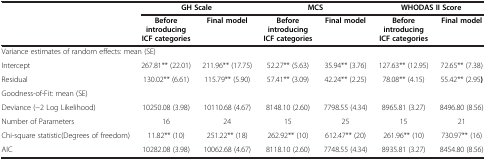
<table><thead><tr><td><b> </b></td><td colspan="2"><b>GH Scale</b></td><td colspan="2"><b>MCS</b></td><td colspan="2"><b>WHODAS II Score</b></td></tr><tr><td><b> </b></td><td><b>Before introducing ICF categories</b></td><td><b>Final model</b></td><td><b>Before introducing ICF categories</b></td><td><b>Final model</b></td><td><b>Before introducing ICF categories</b></td><td><b>Final model</b></td></tr></thead><tbody><tr><td colspan="7">Variance estimates of random effects: mean (SE)</td></tr><tr><td>Intercept</td><td>267.81** (22.01)</td><td>211.96** (17.75)</td><td>52.27** (5.63)</td><td>35.94** (3.76)</td><td>127.63** (12.95)</td><td>72.65** (7.38)</td></tr><tr><td>Residual</td><td>130.02** (6.61)</td><td>115.79** (5.90)</td><td>57.41** (3.09)</td><td>42.24** (2.25)</td><td>78.08** (4.15)</td><td>55.42** (2.95<b>)</b></td></tr><tr><td colspan="7">Goodness-of-Fit: mean (SE)</td></tr><tr><td>Deviance (−2 Log Likelihood)</td><td>10250.08 (3.98)</td><td>10110.68 (4.67)</td><td>8148.10 (2.60)</td><td>7798.55 (4.34)</td><td>8965.81 (3.27)</td><td>8496.80 (8.56)</td></tr><tr><td>Number of Parameters</td><td>16</td><td>24</td><td>15</td><td>25</td><td>15</td><td>21</td></tr><tr><td>Chi-square statistic(Degrees of freedom)</td><td>11.82** (10)</td><td>251.22** (18)</td><td>262.92** (10)</td><td>612.47** (20)</td><td>261.96** (10)</td><td>730.97** (16)</td></tr><tr><td>AIC</td><td>10282.08 (3.98)</td><td>10062.68 (4.67)</td><td>8118.10 (2.60)</td><td>7748.55 (4.34)</td><td>8935.81 (3.27)</td><td>8454.80 (8.56)</td></tr></tbody></table>